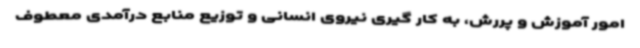
امور آموزش و پررش، به کار گیری نیروی انسانی و توزیع منابع درآمدی معطوف